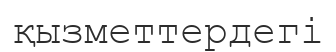
қызметтердегі